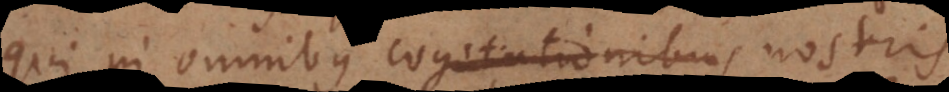
qui in omnibus cogitationibus nostris